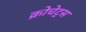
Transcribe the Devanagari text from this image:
क्रोचेट्स